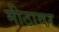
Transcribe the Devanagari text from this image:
मीठावर